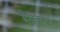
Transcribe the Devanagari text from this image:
मेलेकाफ